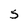
Character: 5